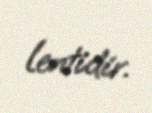
lentidir.